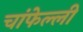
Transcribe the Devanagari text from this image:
चांफेल्ली